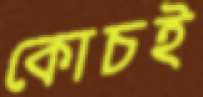
কোচই